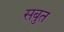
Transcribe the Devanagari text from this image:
सबुत